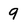
Character: 9